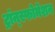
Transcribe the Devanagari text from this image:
ट्रांन्स्फोर्मेशन